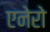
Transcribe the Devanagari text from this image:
एनेरो